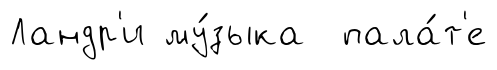
Ландр'и му́зыка пала́т'е